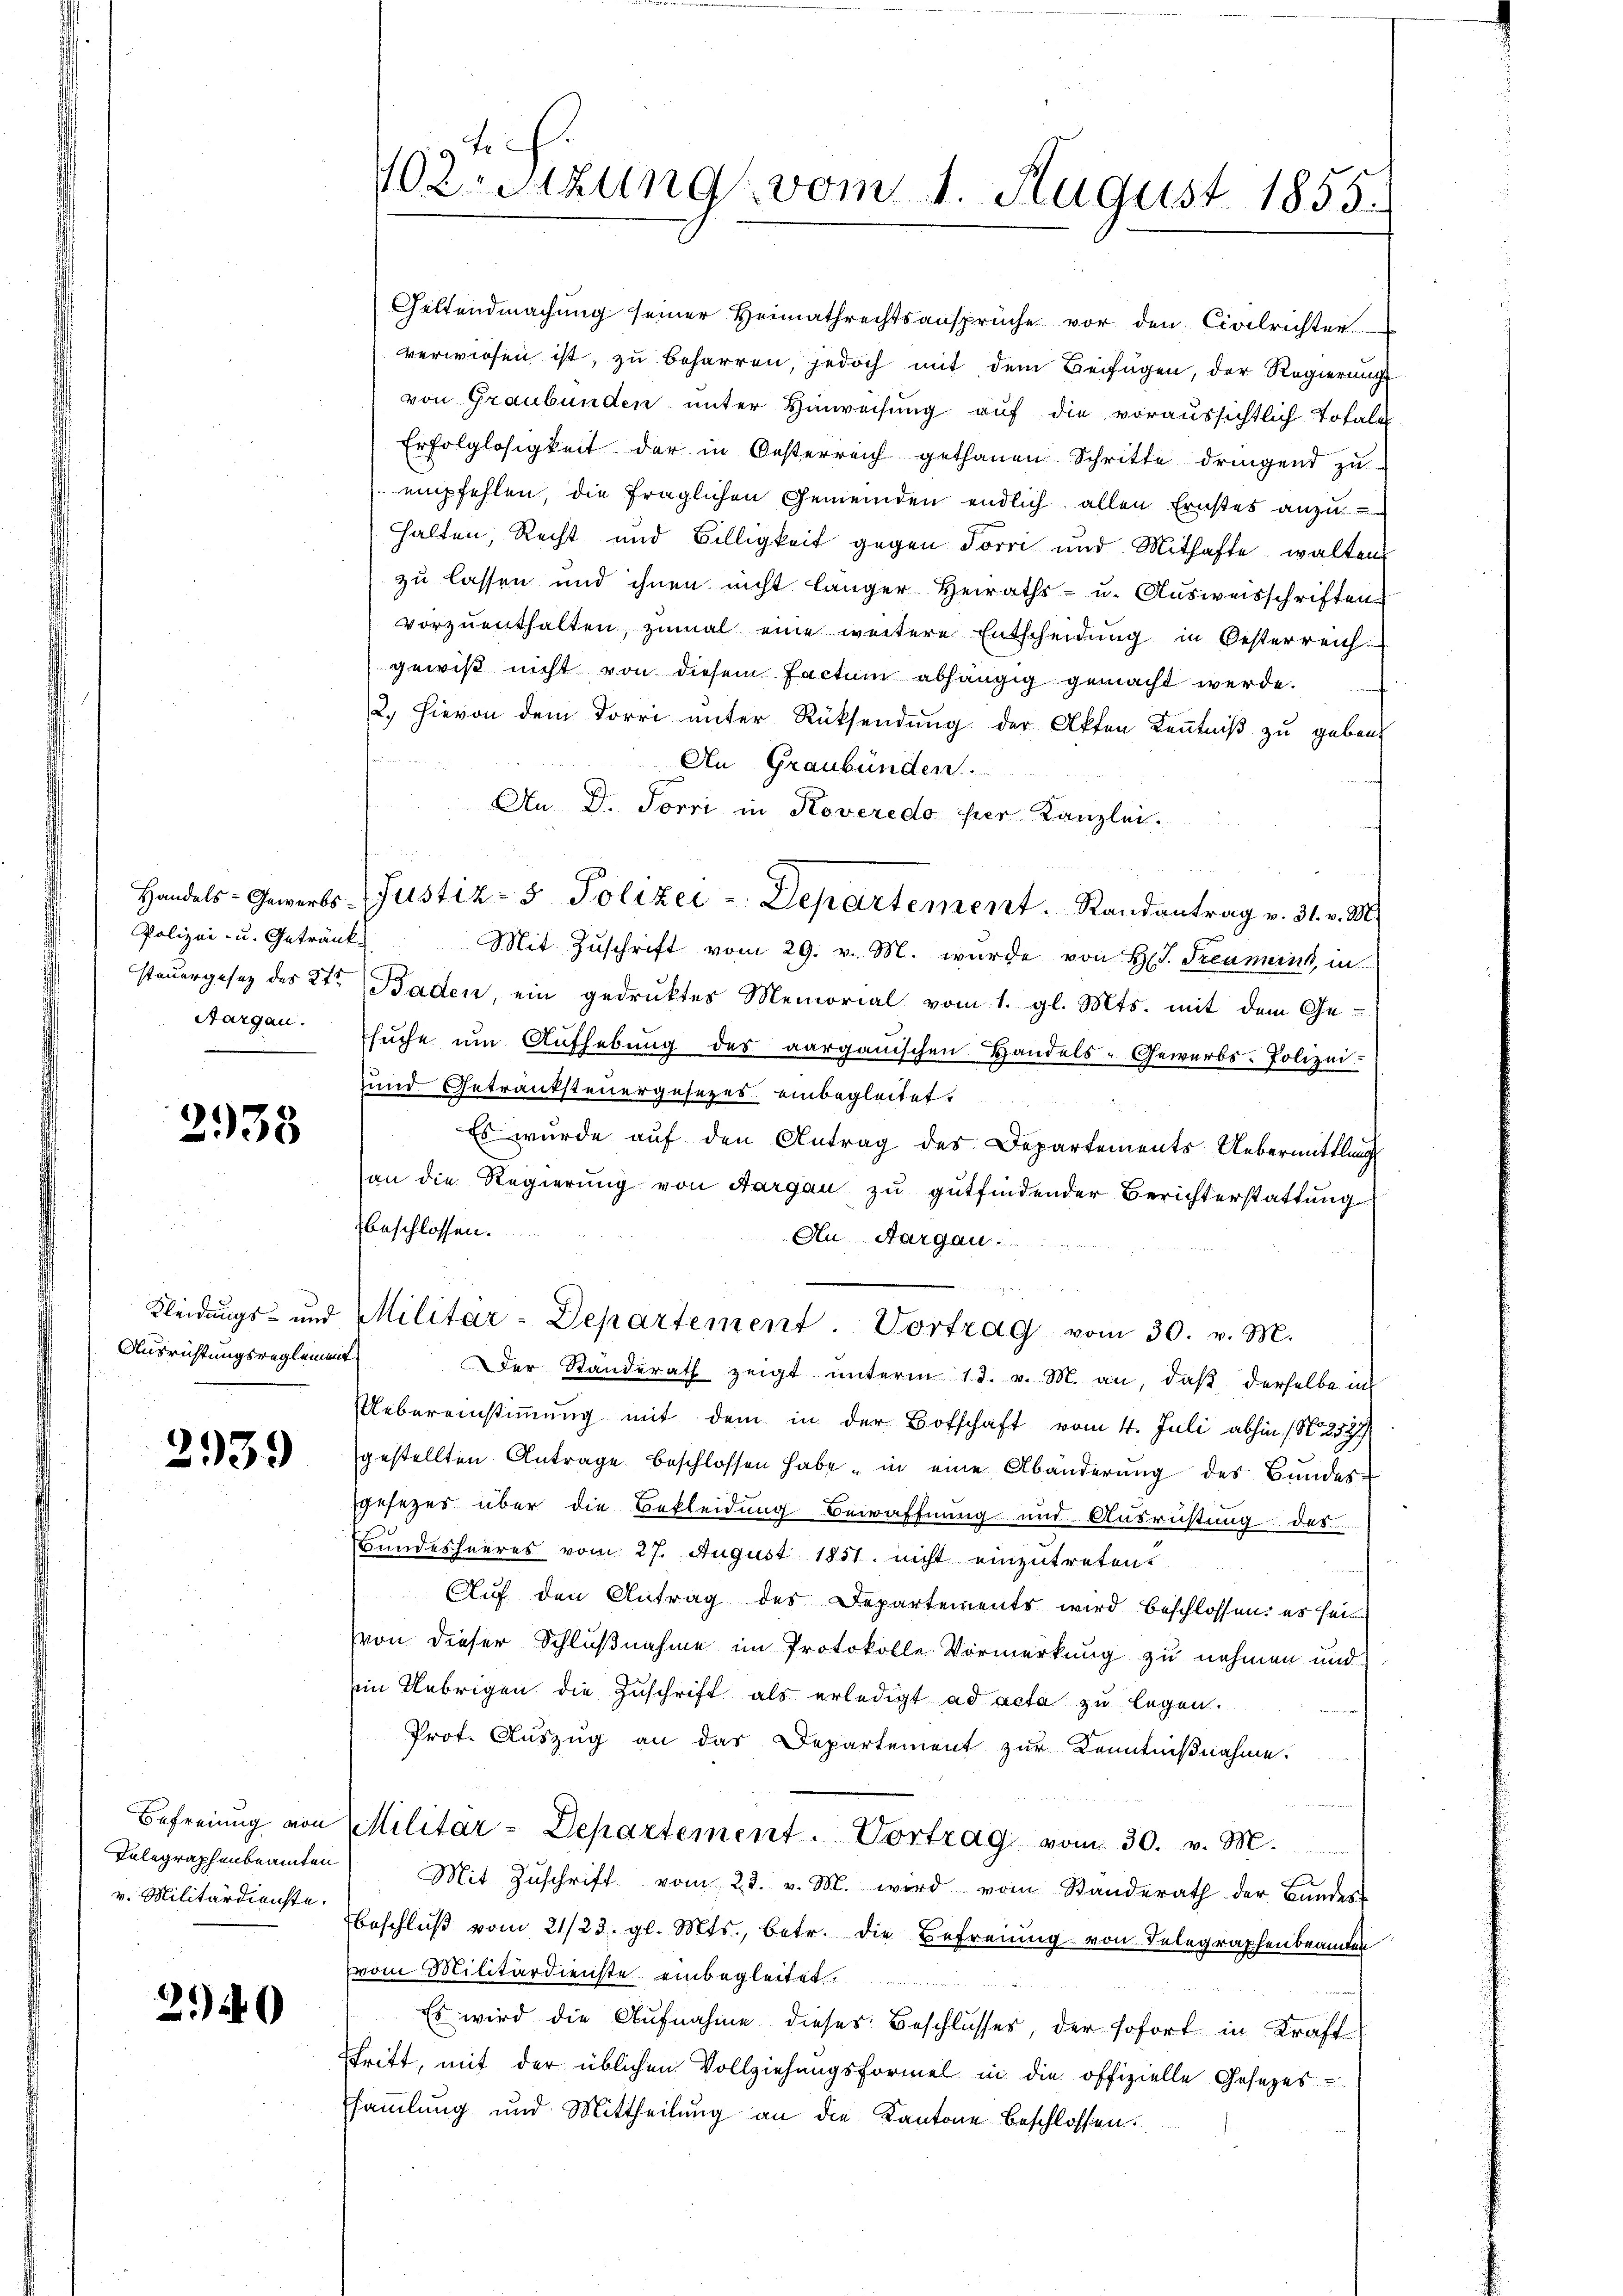
Polizei- u. Getränk

2938

Ausrichtungsreglement

2939

Befreiung von
Telegraphenbeamten
v. Militärdienste.

2.40

Geltendmachung seiner Heimathrechtsansprüche vor den Civilrichter
verwiesen ist, zu beharren, jedoch mit dem Beifügen, der Regierung
von Graubünden unter Hinweisung auf die voraussichtlich Totale
Erfolglosigkeit der in Oesterreich gethanen Schritte dringend zu
empfehlen, die fraglichen Gemeinden endlich allen Ernstes anzu
halten, Recht und Billigkeit gegen Torri und Mithafte waltens
zu lassen und ihnen nicht länger Heiraths- u. Ausweisschriften
vorzuenthalten, zumal eine weitere Entscheidung in Oesterreich
gewiß nicht von diesem Factum abhängig gemacht werde.
2. Hievon dem Dorri unter Rücksendung der Akten Kenntniß zu geben.
fein
An Graubünden
An D. Torri in Koveredo per Kanzlei.
Mit Zuschrift vom 29. v. M. wurde von Hr. Freunent, in
steuergesetz des Kt. Baden, ein gedruktes Memorial vom 1. gl. Mts. mit dem Ge-
Aargau. Esŭche ŭm Aŭfhebŭng des aarganischen Handels- Gewerbs-Polizei-
und Getranksteuergesezes einbegleitet.
Es wurde auf den Antrag des Departements Uebermittlung
an die Regierung von Aargau zu gutfindender Berichterstattung
beschlossen.
Au. Aargau  ..  ..  ..
Kleidŭngs- und Militar-Departement. Vortrag vom 30. v. M.
Der Standerath zeigt unterm 13. v. M. an, daß derselbe in
UUebereinstimmung mit dem in der Botschaft vom 4. Juli abhin (N. 257
gestellten Antrage beschlossen habe, in eine Abänderŭng des Bundes-
gesezes über die Bekleidung Bewaffnung und Ausrichtung des
Bundesheeres vom 27. August 1851 nicht einzutreten.
Auf den Antrag des Departements wird beschlossen, es sei
von dieser Schlußnahme im Protokolle Vormerkung zu nehmen und
in Uebrigen die Zuschrift als erledigt ad acta zu legen.
Prot. Auszug an das Departement zur Kenntnißnahme.
Militar-Departement. Vortrag vom 30. v. M.
Mit Zŭschrift vom 23. v. M. wird vom Standerath der Bundes-
beschlŭβ vom 21/23. gl. Mts., betr. die Befreiung von Telegraphenbeamten
vom Militärdienste einbegleitet.
Es wird die Aufnahme dieses Beschlusses, der sofort in Kraft
stritt, mit der üblichen Vollziehungsformel in die offizielle Gesezes-
sammlung und Mittheilung an die Kantone beschlossen:

.
102. Sitzung vom 1. August 1855.

Handels-Gewerbs-Justiz- & Polizei-Departement. Randantrag v. 31. v. M.